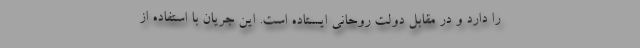
را دارد و در مقابل دولت روحانی ایستاده است. این جریان با استفاده از